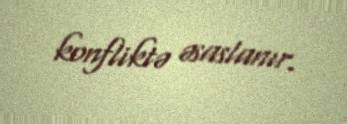
konfliktə əsaslanır.